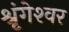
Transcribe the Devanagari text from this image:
श्रृंगेश्‍वर